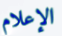
الإعلام